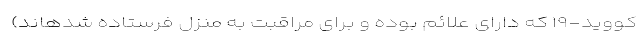
کووید-۱۹ که دارای علائم بوده و برای مراقبت به منزل فرستاده شدهاند)